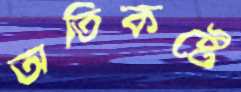
অতিকষ্টে